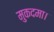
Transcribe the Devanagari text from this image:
मुकदमा।